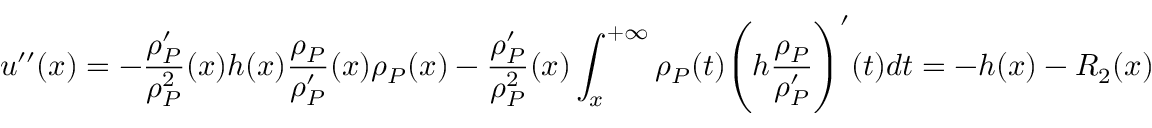
u ^ { \prime \prime } ( x ) = - \frac { \rho _ { P } ^ { \prime } } { \rho _ { P } ^ { 2 } } ( x ) h ( x ) \frac { \rho _ { P } } { \rho _ { P } ^ { \prime } } ( x ) \rho _ { P } ( x ) - \frac { \rho _ { P } ^ { \prime } } { \rho _ { P } ^ { 2 } } ( x ) \int _ { x } ^ { + \infty } \rho _ { P } ( t ) \Bigg ( h \frac { \rho _ { P } } { \rho _ { P } ^ { \prime } } \Bigg ) ^ { \prime } ( t ) d t = - h ( x ) - R _ { 2 } ( x )